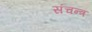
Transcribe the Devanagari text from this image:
संचन्त्र